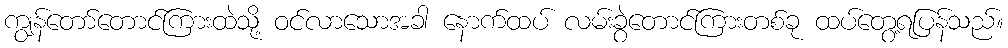
ကျွန်တော်တောင်ကြားထဲသို့ ဝင်လာသောအခါ နောက်ထပ် လမ်းခွဲတောင်ကြားတစ်ခု ထပ်တွေ့ရပြန်သည်။